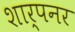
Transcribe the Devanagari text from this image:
शार्पनर